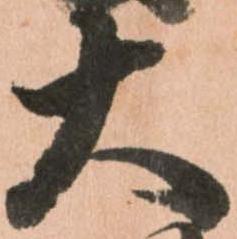
大